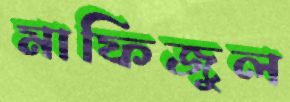
মাফিজুল